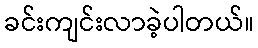
ခင်းကျင်းလာခဲ့ပါတယ်။